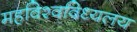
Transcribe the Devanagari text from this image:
महविश्वविध्यलय